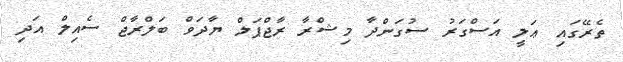
ތެރޭގައި ޢަލީ އަސްގަރު ސުގަންދާ މިޝްރާ ރާޖްޕަލް ޔާދަވް ބަލްރާޖް ސެއިލް އަދި